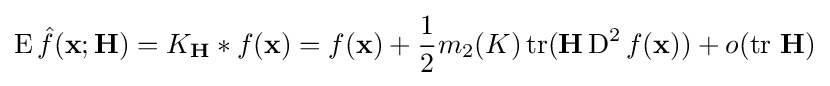
\operatorname {E} {\hat {f}}(\mathbf {x} ;\mathbf {H} )=K_{\mathbf {H} }*f(\mathbf {x} )=f(\mathbf {x} )+{\frac {1}{2}}m_{2}(K)\operatorname {tr} (\mathbf {H} \operatorname {D} ^{2}f(\mathbf {x} ))+o(\operatorname {tr} \,\mathbf {H} )